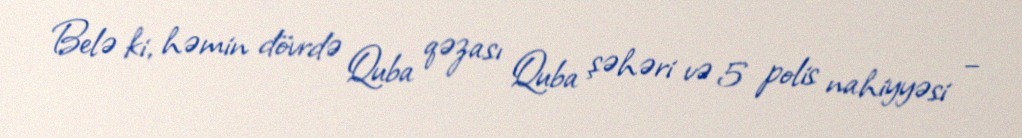
Belə ki, həmin dövrdə Quba qəzası Quba şəhəri və 5 polis nahiyyəsi –